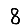
Digit: 8